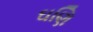
ઘણિ